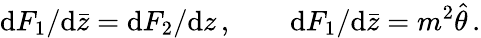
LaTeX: \mathrm{d}F_{1}/\mathrm{d}\bar{z}=\mathrm{d}F_{2}/\mathrm{d}z\, ,\qquad\mathrm{d}F_{1}/\mathrm{d}\bar{z}=m^{2}\hat{\theta}\, .